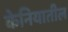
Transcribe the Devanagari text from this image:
केनियातील